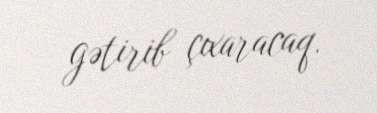
gətirib çıxaracaq.